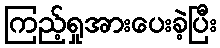
ကြည့်ရှုအားပေးခဲ့ပြီး